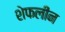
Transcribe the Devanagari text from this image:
शेफलीन